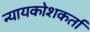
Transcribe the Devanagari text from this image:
न्यायकोशकर्ता